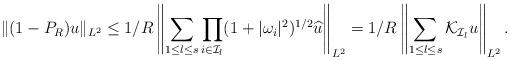
LaTeX: \begin{align*}\|(1-P_R)u\|_{L^2}\leq 1/R\left\|\sum_{1\leq l\leq s}\prod_{i\in \mathcal{I}_l}(1+|\omega_i|^2)^{1/2}\widehat{u}\right\|_{L^2}=1/R\left\|\sum_{1\leq l\leq s}\mathcal{K}_{\mathcal{I}_l}u\right\|_{L^2}.\end{align*}